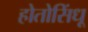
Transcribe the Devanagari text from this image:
होतोसिंधू